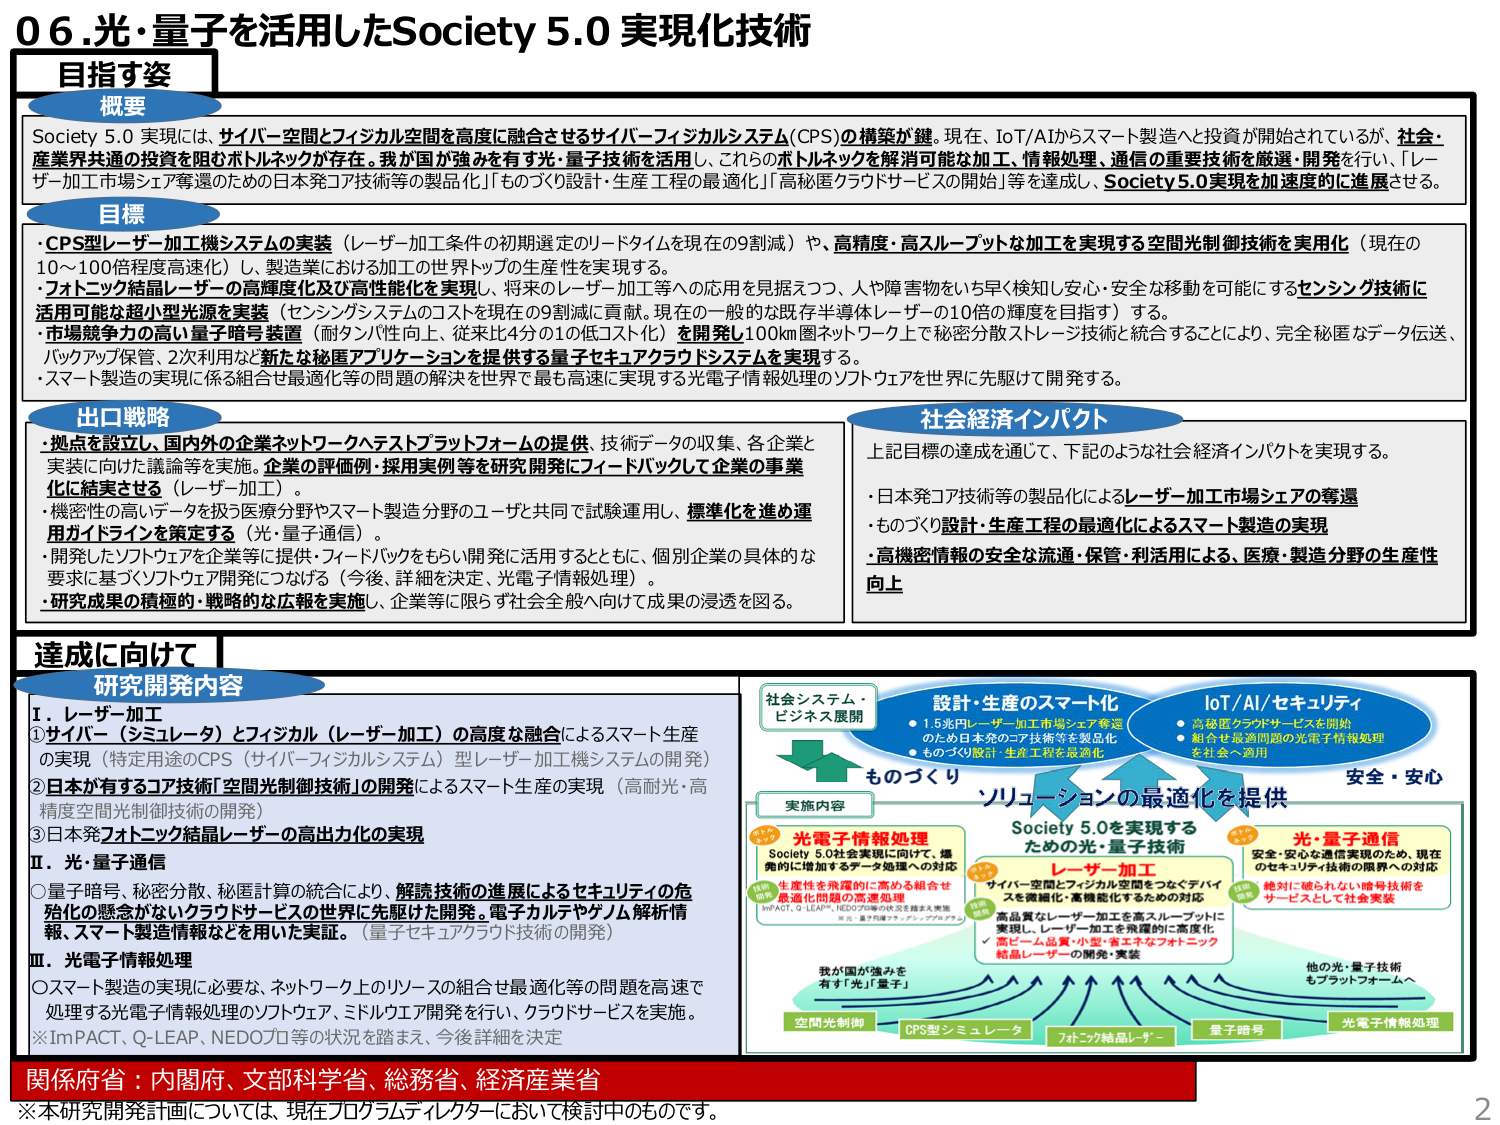
06.光・量子を活用したSociety 5.0 実現化技術

目指す姿

概要
Society 5.0 実現には、サイバー空間とフィジカル空間を高度に融合させるサイバーフィジカルシステム（CPS）の構築が鍵。現在、IoT/AIからスマート製造へと投資が開始されているが、社会・産業界共通の投資を阻むボトルネックが存在。我が国が強みを有する光・量子技術を活用し、これらのボトルネックを解消可能な加工、情報処理、通信の重要技術を厳選・開発を行い、「レーザー加工市場シェア奪還のための日本発コア技術等の製品化」「ものづくり設計・生産工程の最適化」「高秘匿クラウドサービスの開始」等を達成し、Society 5.0実現を加速度的に進展させる。

目標
・CPS型レーザー加工機システムの実装（レーザー加工条件の初期選定のリードタイムを現在の9割減）や、高精度・高スループットな加工を実現する空間光制御技術を実用化（現在の10～100倍程度高速化）、製造業における加工の世界トップの生産性を実現する。
・フォトニック結晶レーザーの高輝度及び高性能化を実現し、将来のレーザー加工等への応用を見据えつつ、人や障害物をいち早く検知し安全・安全な移動を可能にするセンシング技術に活用可能な超小型光源を実装（センシングシステムのコストを現在の9割減に貢献。現在の一般的な既存半導体レーザーの10倍の輝度を目指す）する。
・市場競争力の高い量子暗号装置（耐タンパ性向上、従来比4分の1の低コスト化）を開発し100km圏ネットワーク上で秘密分散ストレージ技術と統合することにより、完全秘匿なデータ伝送、バックアップ保管、2次利用など新たな秘匿アプリケーションを提供する量子セキュアクラウドシステムを実現する。
・スマート製造の実現に係る組合せ最適化等の問題の解決を世界で最も高速に実現する光電子情報処理のソフトウェアを世界に先駆けて開発する。

出口戦略
・拠点を設立し、国内外の企業ネットワークへテストプラットフォームの提供、技術データの収集、各企業と実装に向けた議論等を実施。企業の評価例・採用実例等を研究開発にフィードバックして企業の事業化に結実させる（レーザー加工）。
・機密性の高いデータを扱う医療分野やスマート製造分野のユーザと共同で試験運用し、標準化を進め運用ガイドラインを策定する（光・量子通信）。
・開発したソフトウェアを企業等に提供、フィードバックをもらい開発に活用するとともに、個別企業の具体的な要求に基づくソフトウェア開発につなげる（今後、詳細を決定、光電子情報処理）。
・研究成果の積極的・戦略的な広報を実施し、企業等に限らず社会全般へ向けた成果の浸透を図る。

社会経済インパクト
上記目標の達成を通じて、下記のような社会経済インパクトを実現する。
・日本発コア技術等の製品化によるレーザー加工市場シェアの奪還
・ものづくり設計・生産工程の最適化によるスマート製造の実現
・高機密情報の安全な流通・保管・利活用による、医療・製造分野の生産性向上

達成に向けて

研究開発内容
Ⅰ．レーザー加工
① サイバー（シミュレータ）とフィジカル（レーザー加工）の高度な融合によるスマート生産の実現（特定用途のCPS（サイバーフィジカルシステム）型レーザー加工機システムの開発）
② 日本が有するコア技術「空間光制御技術」の開発によるスマート生産の実現（高耐光・高精度空間光制御技術の開発）
③ 日本発フォトニック結晶レーザーの高出力化の実現

Ⅱ．光・量子通信
○ 量子暗号、秘密分散、秘匿計算の統合により、解読技術の進展によるセキュリティの危殆化の懸念がないクラウドサービスの世界に先駆けた開発。電子カルテやゲノム解析情報、スマート製造情報などを用いた実証。（量子セキュアクラウド技術の開発）

Ⅲ．光電子情報処理
○ スマート製造の実現に必要な、ネットワーク上のリソースの組合せ最適化等の問題を高速で処理する光電子情報処理のソフトウェア、ミドルウェア開発を行い、クラウドサービスを実施。
※ImPACT、Q-LEAP、NEDO力等の状況を踏まえ、今後詳細を決定

社会システム・ビジネス展開
設計・生産のスマート化
・1.5兆円レーザー加工市場シェア奪還のため日本発のコア技術等を製品化
・ものづくり設計・生産工程を最適化

IoT/AI/セキュリティ
・高秘匿クラウドサービスを開始
・組合せ最適問題の光電子情報処理を社会へ適用

安全・安心

実施内容
光電子情報処理
Society 5.0社会実現に向けて、爆発的に増加するデータ処理への対応
生産性を飛躍的に高める組合せ最適化問題の高速処理
ImPACT、Q-LEAP、NEDO力等の状況を踏まえ実施
（量子・量子情報処理・アーキテクチャ）

レーザー加工
サイバー空間とフィジカル空間をつなぐデバイスを複雑化・高機能化するための対応
高品質なレーザー加工を高スループットに実現し、レーザー加工を飛躍的に高度化
✓ 高ビーム品質・小型・省エネなフォトニック結晶レーザーの開発・実装

光・量子通信
安全・安心な通信実現のため、現在のセキュリティ技術の限界への対応
絶対に破られない暗号技術をサービスとして社会実装

ものづくり
ソリューションの最適化を提供
Society 5.0を実現するための光・量子技術

我が国が強みを有す「光」「量子」

空間光制御
CPS型シミュレータ
フォトニック結晶レーザー
量子暗号
光電子情報処理
他の光・量子技術もプラットフォームへ

関係府省：内閣府、文部科学省、総務省、経済産業省

※本研究開発計画については、現在プログラムディレクターにおいて検討中のものです。

2